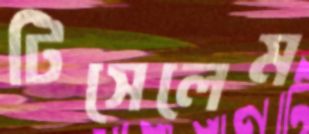
টিসেলেম